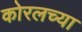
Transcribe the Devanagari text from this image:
कोरलच्या